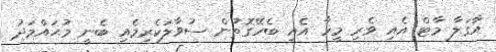
އާގަލާ މާޓް އެއި ވެރި މީހާ އެއި ބެހޭގޮތުން ސުވާލަކެރިމެއި ބެނީ މުޙައްމަދު